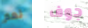
نعم جوف